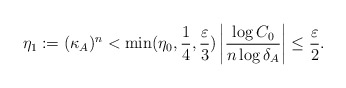
\begin{align*}\eta_{1}:=(\kappa_{A})^{n}<\min(\eta_{0},\frac{1}{4},\frac{\varepsilon}{3})\left\vert \frac{\log C_{0}}{n\log\delta_{A}}\right\vert\leq\frac{\varepsilon}{2}. \end{align*}